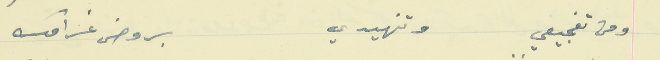
ومن تفجيعي   وتنهيدي                                  بروض غرامك